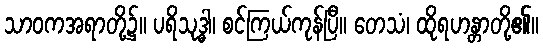
သာဝကအရာတို့၌။ ပရိသုဒ္ဓါ၊ စင်ကြယ်ကုန်ပြီ။ တေသံ၊ ထိုရဟန္တာတို့၏။